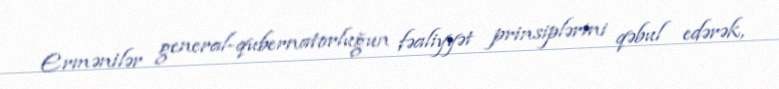
Ermənilər general-qubernatorluğun fəaliyyət prinsiplərini qəbul edərək,